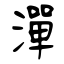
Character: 潬